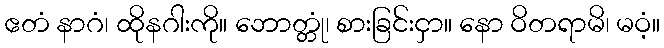
ဧတံ နာဂံ၊ ထိုနဂါးကို။ ဘောတ္တုံ၊ စားခြင်းငှာ။ နော ဝိတရာမိ၊ မဝံ့။